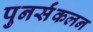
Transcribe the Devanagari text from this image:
पुनर्संकलन